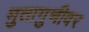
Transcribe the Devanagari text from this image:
मुतागुचीवर